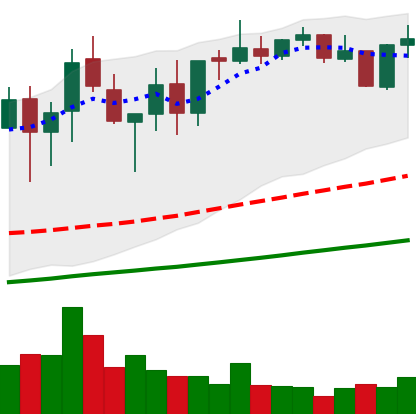
Ticker: XMR-USD
Chart end date: 2021-05-06
Forward return: 7.34%
Label: up_7plus